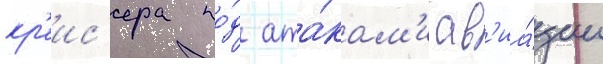
кр'еис'ера по́д ата́кам'и ав'иа́ции